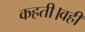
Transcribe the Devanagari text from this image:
कहती।वहीं